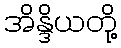
အိန္ဒိယတို့